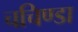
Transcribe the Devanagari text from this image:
चचिण्डा